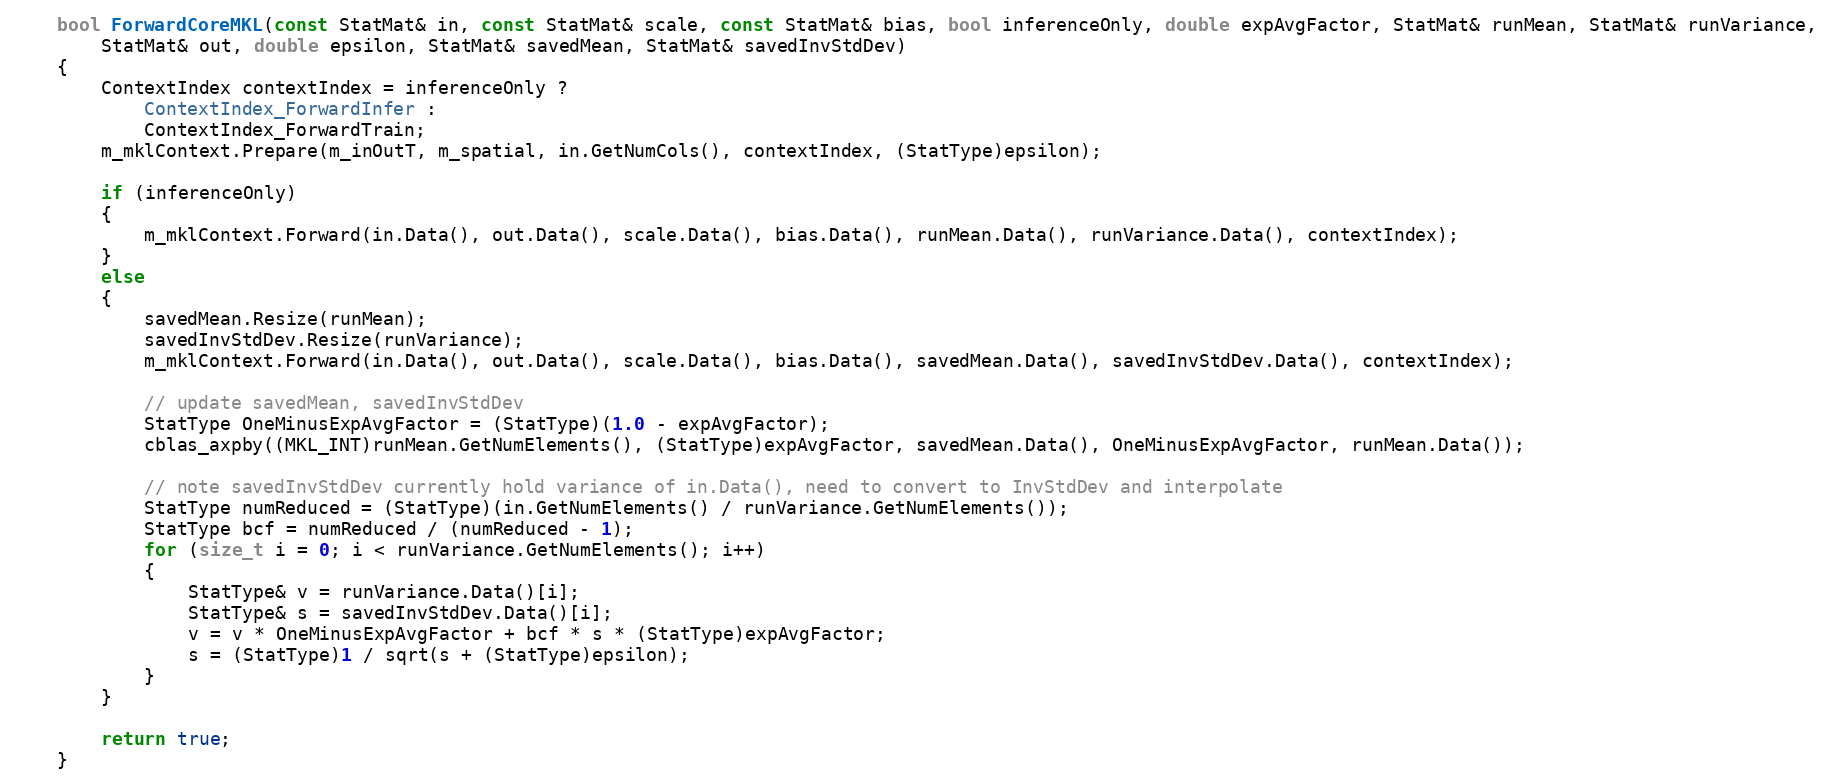
Language: C++
    bool ForwardCoreMKL(const StatMat& in, const StatMat& scale, const StatMat& bias, bool inferenceOnly, double expAvgFactor, StatMat& runMean, StatMat& runVariance,
        StatMat& out, double epsilon, StatMat& savedMean, StatMat& savedInvStdDev)
    {
        ContextIndex contextIndex = inferenceOnly ?
            ContextIndex_ForwardInfer :
            ContextIndex_ForwardTrain;
        m_mklContext.Prepare(m_inOutT, m_spatial, in.GetNumCols(), contextIndex, (StatType)epsilon);

        if (inferenceOnly)
        {
            m_mklContext.Forward(in.Data(), out.Data(), scale.Data(), bias.Data(), runMean.Data(), runVariance.Data(), contextIndex);
        }
        else
        {
            savedMean.Resize(runMean);
            savedInvStdDev.Resize(runVariance);
            m_mklContext.Forward(in.Data(), out.Data(), scale.Data(), bias.Data(), savedMean.Data(), savedInvStdDev.Data(), contextIndex);

            // update savedMean, savedInvStdDev
            StatType OneMinusExpAvgFactor = (StatType)(1.0 - expAvgFactor);
            cblas_axpby((MKL_INT)runMean.GetNumElements(), (StatType)expAvgFactor, savedMean.Data(), OneMinusExpAvgFactor, runMean.Data());

            // note savedInvStdDev currently hold variance of in.Data(), need to convert to InvStdDev and interpolate
            StatType numReduced = (StatType)(in.GetNumElements() / runVariance.GetNumElements());
            StatType bcf = numReduced / (numReduced - 1);
            for (size_t i = 0; i < runVariance.GetNumElements(); i++)
            {
                StatType& v = runVariance.Data()[i];
                StatType& s = savedInvStdDev.Data()[i];
                v = v * OneMinusExpAvgFactor + bcf * s * (StatType)expAvgFactor;
                s = (StatType)1 / sqrt(s + (StatType)epsilon);
            }
        }

        return true;
    }